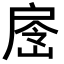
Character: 𭠉